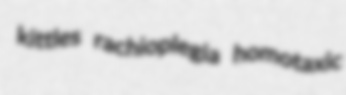
kittles rachioplegia homotaxic